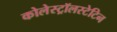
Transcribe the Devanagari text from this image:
कोलेस्ट्रॉलस्टेटिन